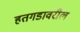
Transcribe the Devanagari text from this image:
हतगडावरील